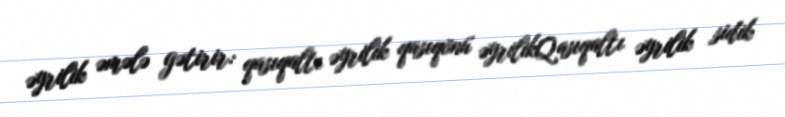
əyrilik əmələ gətirir: qasıqaltı əyrilik qasıqönü əyrilikQasıqaltı əyrilik sidik